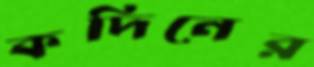
কদিনের